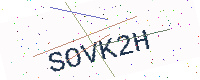
Text: SOVK2H